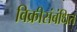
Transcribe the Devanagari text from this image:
विक्रीसंबंधित